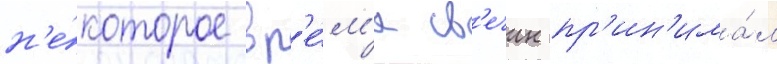
н'е́которое вр'е́м'я св'ечин пр'ин'има́л